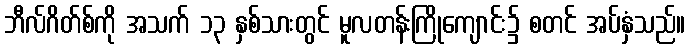
ဘီလ်ဂိတ်စ်ကို အသက် ၁၃ နှစ်သားတွင် မူလတန်းကြိုကျောင်း၌ စတင် အပ်နှံသည်။